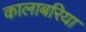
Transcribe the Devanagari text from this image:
कालाबरिया